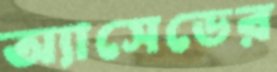
অ্যাসেডের